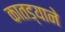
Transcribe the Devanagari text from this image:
कातड्याने